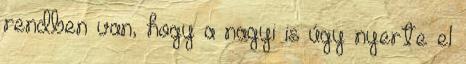
rendben van, hogy a nagyi is úgy nyerte el